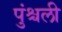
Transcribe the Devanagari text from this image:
पुंश्चली